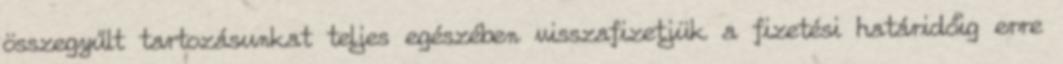
összegyűlt tartozásunkat teljes egészében visszafizetjük a fizetési határidőig erre